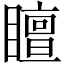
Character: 䁴